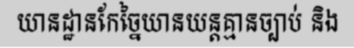
យានដ្ឋានកែច្នៃយានយន្តគ្មានច្បាប់ និង